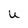
Character: U